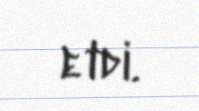
etdi.